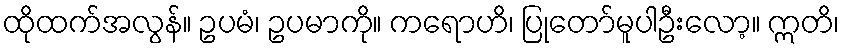
ထိုထက်အလွန်။ ဥပမံ၊ ဥပမာကို။ ကရောဟိ၊ ပြုတော်မူပါဦးလော့။ ဣတိ၊